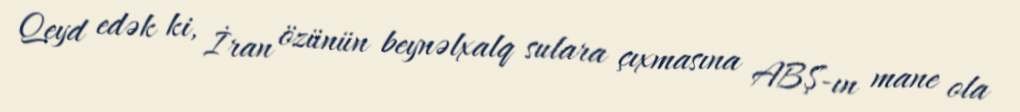
Qeyd edək ki, İran özünün beynəlxalq sulara çıxmasına ABŞ-ın mane ola